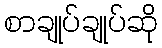
စာချုပ်ချုပ်ဆို